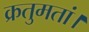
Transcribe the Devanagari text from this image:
क्रतुमतां।